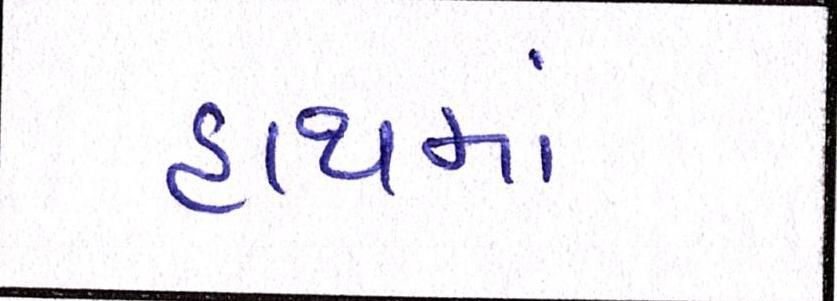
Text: હાથમાં